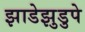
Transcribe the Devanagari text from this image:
झाडेझुडुपे